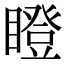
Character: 瞪